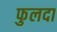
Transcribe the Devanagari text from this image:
फुलदा